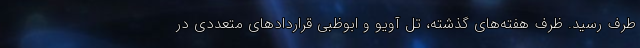
طرف رسید. ظرف هفته‌های گذشته، تل آویو و ابوظبی قراردادهای متعددی در